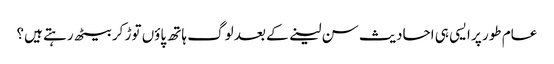
عام طور پر ایسی ہی احادیث سن لینے کے بعد لوگ ہاتھ پاؤں توڑ کر بیٹھ رہتے ہیں؟